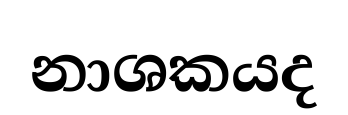
නාශකයද